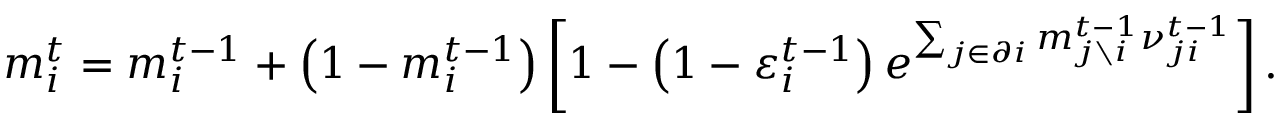
m _ { i } ^ { t } = m _ { i } ^ { t - 1 } + \left( 1 - m _ { i } ^ { t - 1 } \right) \left[ 1 - \left( 1 - \varepsilon _ { i } ^ { t - 1 } \right) e ^ { \sum _ { j \in \partial i } m _ { j \setminus i } ^ { t - 1 } { \nu } _ { j i } ^ { t - 1 } } \right] .